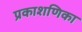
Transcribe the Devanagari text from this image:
प्रकाशणिका